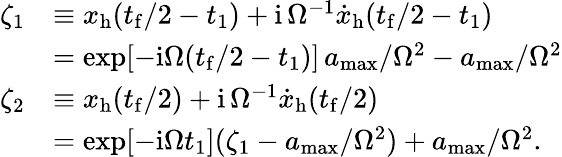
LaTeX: \begin{array}{rl}{\zeta_{1}}&{\equiv x_{\mathrm{h}}(t_{\mathrm{f}}/2-t_{1})+\mathrm{i}\, \Omega^{-1}{\dot{x}}_{\mathrm{h}}(t_{\mathrm{f}}/2-t_{1})}\\ &{=\exp[-\mathrm{i}\Omega(t_{\mathrm{f}}/2-t_{1})]\, a_{\mathrm{max}}/\Omega^{2}-a_{\mathrm{max}}/\Omega^{2}}\\ {\zeta_{2}}&{\equiv x_{\mathrm{h}}(t_{\mathrm{f}}/2)+\mathrm{i}\, \Omega^{-1}{\dot{x}}_{\mathrm{h}}(t_{\mathrm{f}}/2)}\\ &{=\exp[-\mathrm{i}\Omega t_{1}](\zeta_{1}-a_{\mathrm{max}}/\Omega^{2})+a_{\mathrm{max}}/\Omega^{2}.}\end{array}